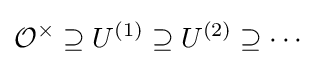
{\mathcal {O}}^{\times }\supseteq U^{(1)}\supseteq U^{(2)}\supseteq \cdots